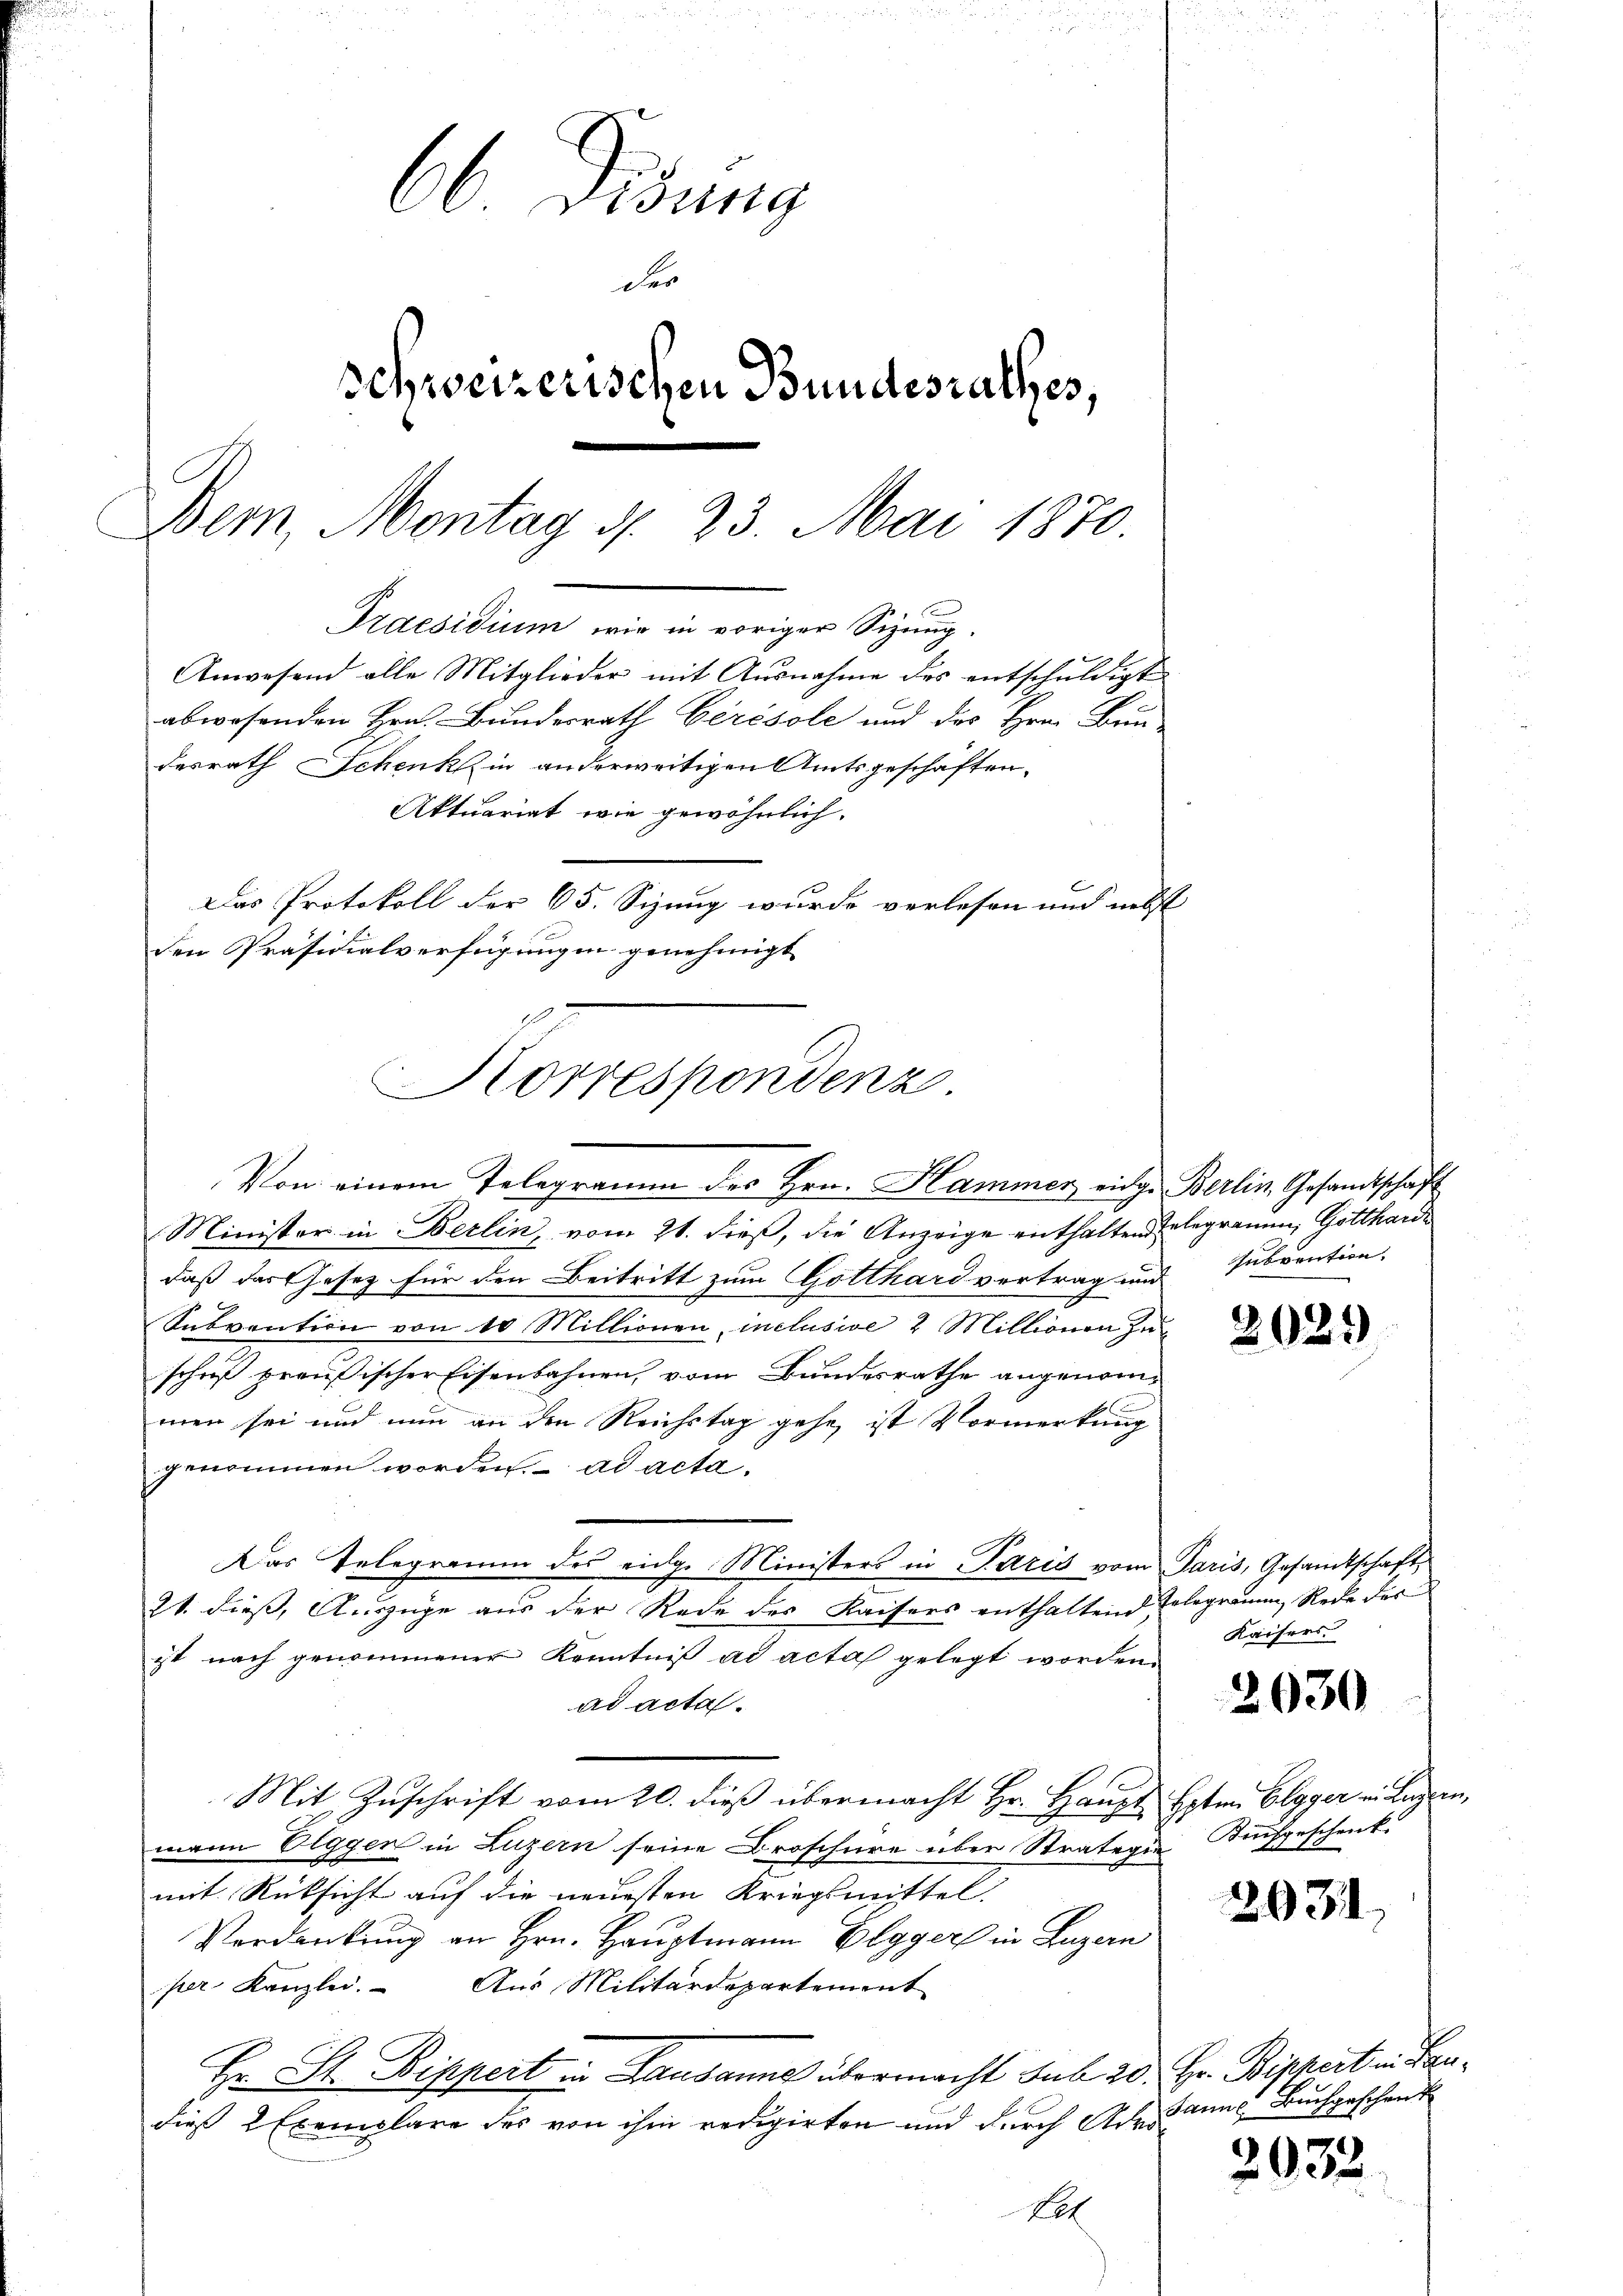
66 Didung
der
schweizerischen Bundesrathes,
Dem Montag d. 23. Mai 1870.
Praesidium wie in voriger Sizung.
Anwesend alle Mitglieder mit Ausnahme des entschuldigt
abwesenden Hrn. Bundesrath Cérésole und des Hrn. Bun-
desrath Schenk in anderweitigen Amtsgeschäften,
Aktuariat wie gewöhnlich.
Das Protokoll der 65. Sizung wurde verlesen und nebst
den Präsidialverfügung in genehmigt

Korrespondenz
Von einem Telegramm des Hrn. Hammer eidge Berlin, Gesandtschaft

Minister in Berlin vom 21. dieß, die Anzeige enthalten Gelegramm, Gottharde
daß das Gesetz für den Beitritt zum Gotthard vertrag und Subvention
Subvention von 10 Millionen, inclusive 2 Millionen Zuschrift preußischer Eisenbahnen, vom Bundesrathe angenommen sei und nun an den Reichstag gehe, ist Vormerkung
genommen worden. ad acta.
Das Telegramm des eidge Ministers in Paris vom Paris, Gesandtschafts
21. dieß, Auszüge aus der Rede des Kaisers enthaltend Telegramm, Rede der
ist nach genommener Kenntniß ad acta gelegt worden.
ad acta.
Mit Zuschrift vom 20. dieß übermacht Hr. Haupt Boten Elgger in Luzern,
mann Elggen in Luzern seine Broschüre über Stratagie Kaufgeschenk
mit Rücksicht auf die neuesten Kriegsmittel.
Verdankung an Hrn. Hauptmann Elgger in Luzern
per Kanzlei. Aus Militärdepartement
Hr. St. Bippert in Lausanne übermacht sub 20. Hr. Bippert in Baudieß 2 Exemplare des von ihm redigirten und durch Adri¬
Bet

202.

Kaisers

2630

2031

Sanns Buchgeschenk

2032